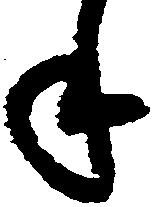
年